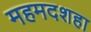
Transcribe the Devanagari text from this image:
महमदशहा